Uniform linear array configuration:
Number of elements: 12
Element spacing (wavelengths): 0.25
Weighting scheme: kaiser
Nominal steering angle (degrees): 45
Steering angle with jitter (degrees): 43.964
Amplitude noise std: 0.05
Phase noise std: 0.05

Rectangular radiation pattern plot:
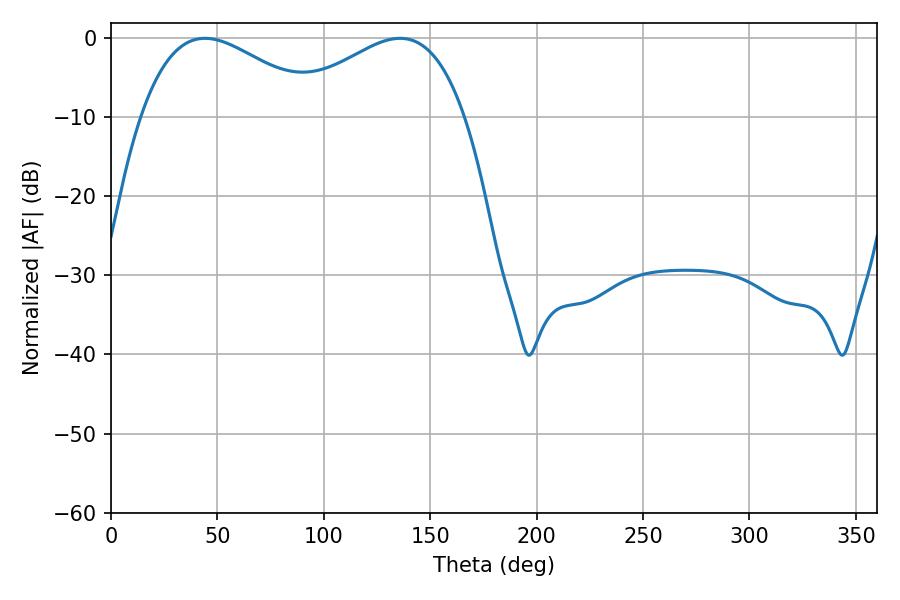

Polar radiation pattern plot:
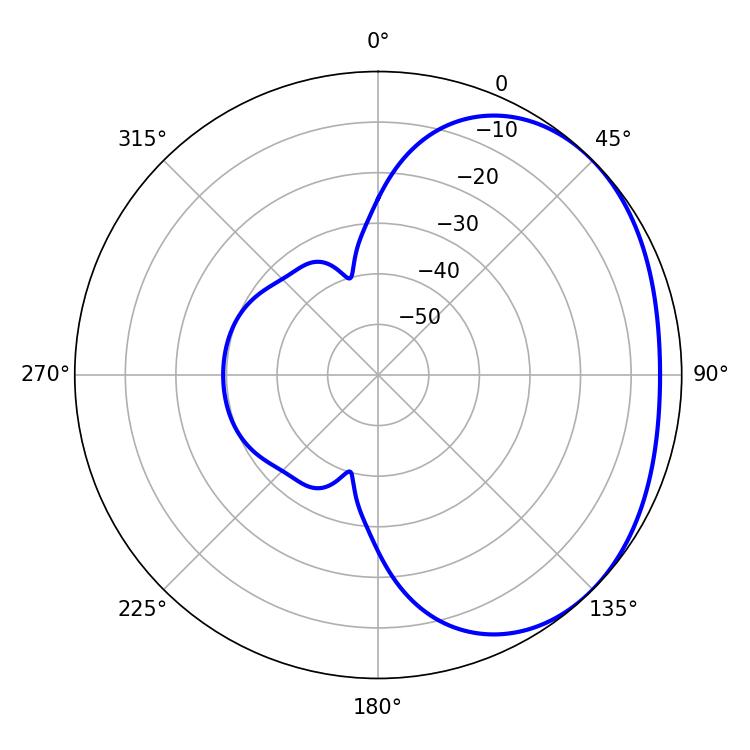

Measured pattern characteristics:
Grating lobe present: FALSE
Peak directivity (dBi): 2.118
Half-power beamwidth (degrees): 46.08
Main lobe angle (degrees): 44.1